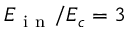
E _ { \mathrm { ~ i ~ n ~ } } / E _ { c } = 3